Insane asylums in Bengal annual reports 1867-1875 - 1867-1875
Year: 1867
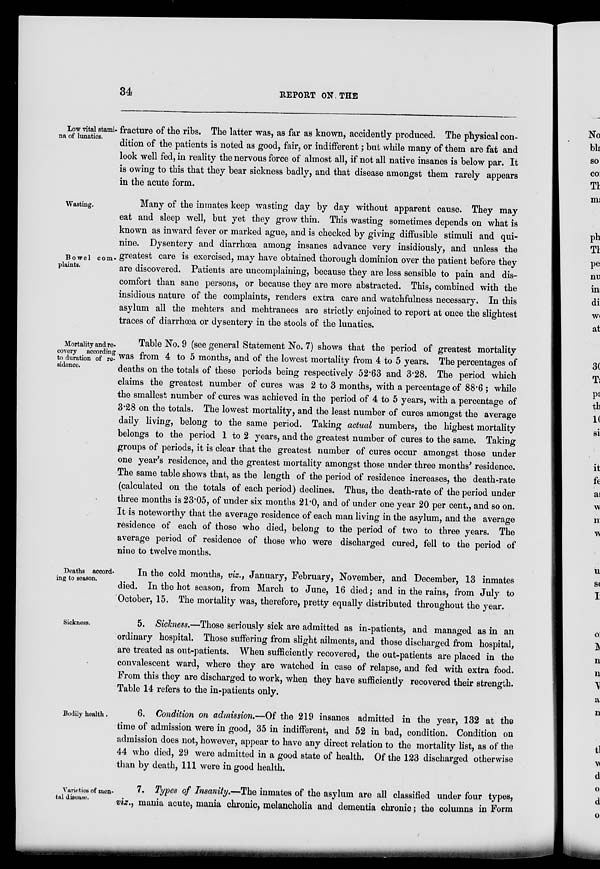
34
REPORT
ON THE
Low vital stami-
na of lunatics.
fracture of the ribs. The latter was, as far as known, accidently produced. The physical con-
dition of the patients is noted as good, fair, or indifferent; but while many of them are fat and
look well fed, in reality the nervous force of almost all, if not all native insanes is below par. It
is owing to this that they bear sickness badly, and that disease amongst them rarely appears
in the acute form.
Wasting.
Bowel com-
plaints.
Many of the inmates keep wasting day by day without apparent cause. They may
eat and sleep well, but yet they grow thin. This wasting sometimes depends on what is
known as inward fever or marked ague, and is checked by giving diffusible stimuli and qui-
nine. Dysentery and diarrhœa among insanes advance very insidiously, and unless the
greatest care is exercised, may have obtained thorough dominion over the patient before they
are discovered. Patients are uncomplaining, because they are less sensible to pain and dis-
comfort than sane persons, or because they are more abstracted. This, combined with the
insidious nature of the complaints, renders extra care and watchfulness necessary. In this
asylum all the mehters and mehtranees are strictly enjoined to report at once the slightest
traces of diarrhœa or dysentery in the stools of the lunatics.
Mortality and re-
covery according
to duration of re-
sidence.
Table No. 9 (see general Statement No. 7) shows that the period of greatest mortality
was from 4 to 5 months, and of the lowest mortality from 4 to 5 years. The percentages of
deaths on the totals of these periods being respectively 52.63 and 3.28. The period which
claims the greatest number of cures was 2 to 3 months, with a percentage of 88.6 ; while
the smallest number of cures was achieved in the period of 4 to 5 years, with a percentage of
3.28 on the totals. The lowest mortality, and the least number of cures amongst the average
daily living, belong to the same period. Taking actual numbers, the highest mortality
belongs to the period 1 to 2 years, and the greatest number of cures to the same. Taking
groups of periods, it is clear that the greatest number of cures occur amongst those under
one year's residence, and the greatest mortality amongst those under three months' residence.
The same table shows that, as the length of the period of residence increases, the death-rate
(calculated on the totals of each period) declines. Thus, the death-rate of the period under
three months is 23.05, of under six months 21.0, and of under one year 20 per cent., and so on.
It is noteworthy that the average residence of each man living in the asylum, and the average
residence of each of those who died, belong to the period of two to three years. The
average period of residence of those who were discharged cured, fell to the period of
nine to twelve months.
Deaths accord-
ing to season.
In the cold months, viz., January, February, November, and December, 13 inmates
died. In the hot season, from March to June, 16 died; and in the rains, from July to
October, 15. The mortality was, therefore, pretty equally distributed throughout the year.
Sickness.
5. Sickness.—Those seriously sick are admitted as in-patients, and managed as in an
ordinary hospital. Those suffering from slight ailments, and those discharged from hospital,
are treated as out-patients. When sufficiently recovered, the out-patients are placed in the
convalescent ward, where they are watched in case of relapse, and fed with extra food.
From this they are discharged to work, when they have sufficiently recovered their strength.
Table 14 refers to the in-patients only.
Bodily health.
6. Condition on admission.—Of the 219 insanes admitted in the year, 132 at the
time of admission were in good, 35 in indifferent, and 52 in bad, condition. Condition on
admission does not, however, appear to have any direct relation to the mortality list, as of the
44 who died, 29 were admitted in a good state of health. Of the 123 discharged otherwise
than by death, 111 were in good health.
Varieties of men-
tal disease.
7. Types of Insanity.—The inmates of the asylum are all classified under four types,
viz., mania acute, mania chronic, melancholia and dementia chronic; the columns in Form